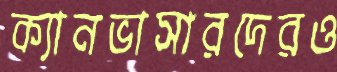
ক্যানভাসারদেরও